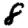
Digit: 8